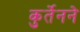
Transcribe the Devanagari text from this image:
कुर्तेनने